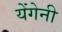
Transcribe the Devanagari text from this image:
येंगेनी